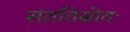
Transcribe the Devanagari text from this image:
संततिस्रोतः